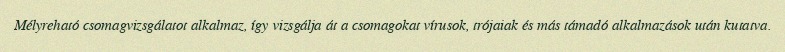
Mélyreható csomagvizsgálatot alkalmaz, így vizsgálja át a csomagokat vírusok, trójaiak és más támadó alkalmazások után kutatva.